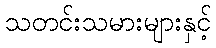
သတင်းသမားများနှင့်